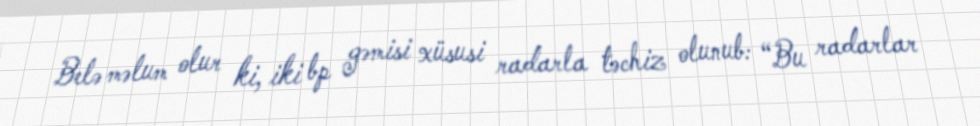
Belə məlum olur ki, iki bp gəmisi xüsusi radarla təchiz olunub: “Bu radarlar